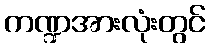
ကဏ္ဍအားလုံးတွင်